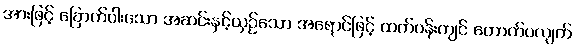
အားဖြင့် ခြောက်ပါးသော အဆင်းနှင့်ယှဉ်သော အရောင်ဖြင့် ထက်ဝန်းကျင် တောက်ပလျက်